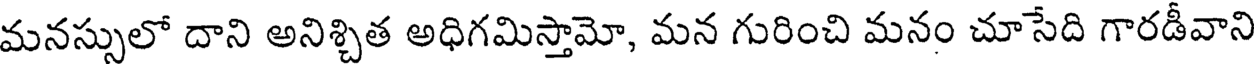
మనస్సులో దాని అనిశ్చిత అధిగమిస్తామో, మన గురించి మనం చూసేది గారడీవాని